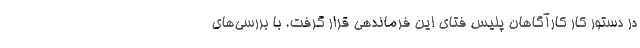
در دستور کار کارآگاهان پلیس فتای این فرماندهی قرار گرفت. با بررسی‌های